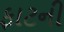
ફાટની